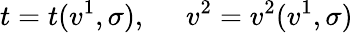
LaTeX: t=t(v^{1},\sigma),\ \; \; \; \; v^{2}=v^{2}(v^{1},\sigma)